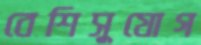
বেশিসুযোগ